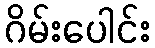
ဂိမ်းပေါင်း